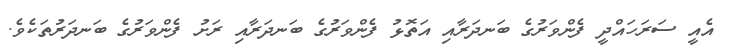
އެއީ ސަރަހައްދީ ފެންވަރުގެ ބަނދަރާއި އަތޮޅު ފެންވަރުގެ ބަނދަރާއި ރަށު ފެންވަރުގެ ބަނދަރުތަކެވެ.